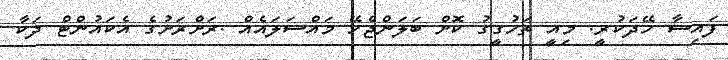
ފައިސާ ހޭދަކުރީ. މިއީ ތަހުގީގު ކޮށް ބަލަންޖެހޭ މައްސަލައެއް .ރަށްރަށުގެ އެކައުންޓް ދަކާ